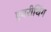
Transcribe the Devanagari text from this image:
एवरीथिंग